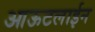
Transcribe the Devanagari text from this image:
आऊटलाईन